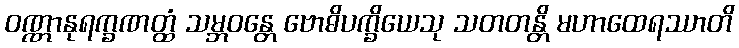
ဝဏ္ဏာနုရက္ခဏတ္ထံ သမ္ဘဝန္တေ ဗောဓိပက္ခိယေသု သတတန္တိ မဟာထေရဿာတိ